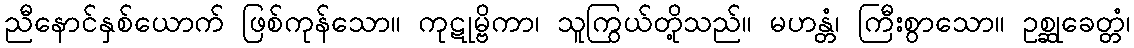
ညီနောင်နှစ်ယောက် ဖြစ်ကုန်သော။ ကုဋုမ္ဗိကာ၊ သူကြွယ်တို့သည်။ မဟန္တံ၊ ကြီးစွာသော။ ဥစ္ဆုခေတ္တံ၊